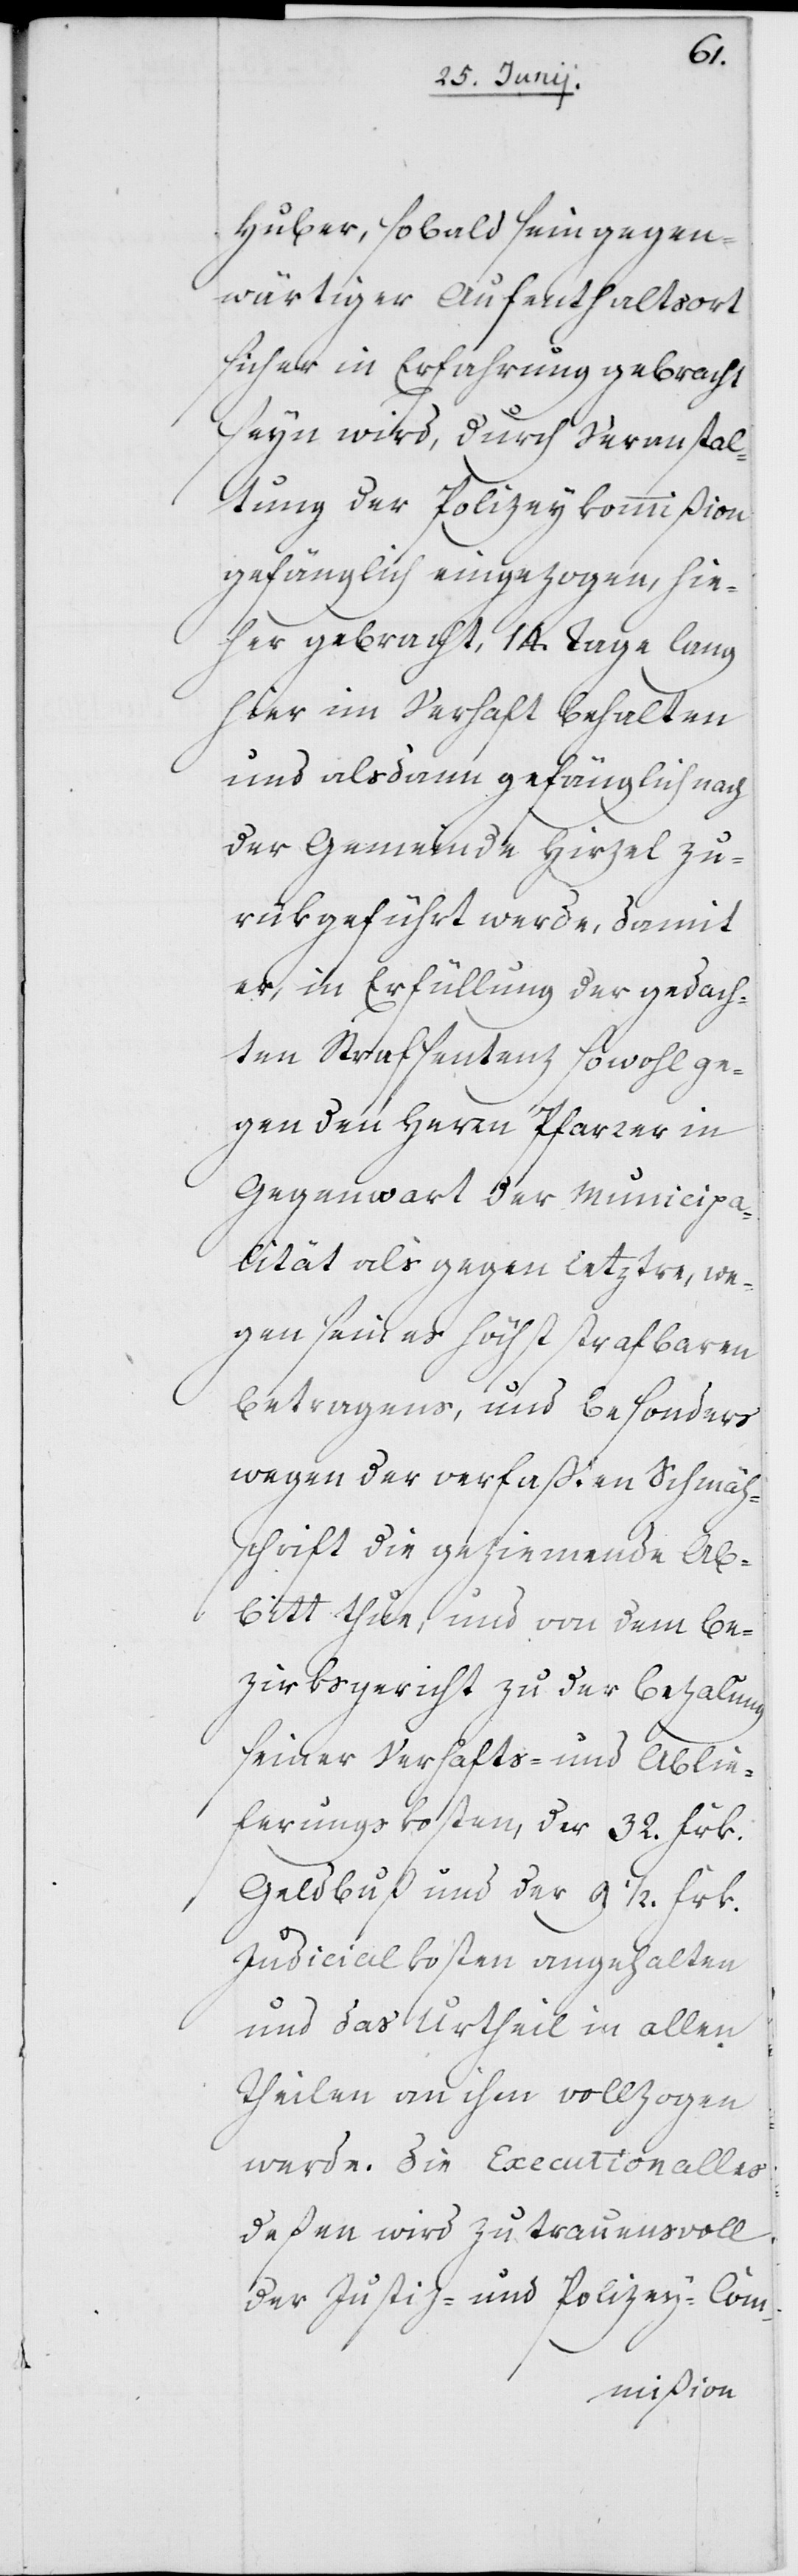
Huber, sobald sein gegen¬
wärtiger Aufenthaltsort
sicher in Erfahrung gebracht
seyn wird, durch Veranstal¬
tung der Polizeykommißion
gefänglich eingezogen, hie¬
her gebracht, 14. Tage lang
hier im Verhaft behalten
und alsdann gefänglich nach
der Gemeinde Hirzel zu¬
rükgeführt werde, damit
er, in Erfüllung der gedach¬
ten Strafsentenz sowohl ge¬
gen den Herrn Pfarrer in
Gegenwart der Municipa¬
lität als gegen letztre, we¬
gen seines höchst strafbaren
Betragens, und besonders
wegen der verfaßten Schmäh¬
schrift die geziemende Ab¬
bitt thun, und von dem Be¬
zirksgericht zu der Bezalung
seiner Verhafts- und Ablie¬
ferungskosten, der 32. Frk.
Geldbuß und der 9 1/2 Frk.
Judicialkosten angehalten
und das Urtheil in allen
Theilen an ihm vollzogen
werde. Die Execution alles
deßen wird zutrauensvoll
der Justiz- und Polizey-Com-